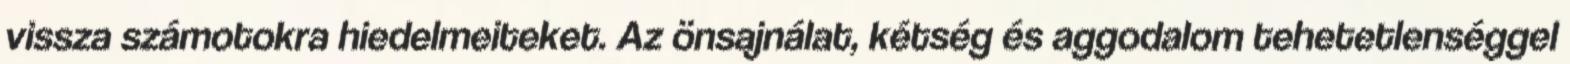
vissza számotokra hiedelmeiteket. Az önsajnálat, kétség és aggodalom tehetetlenséggel